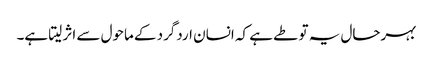
بہرحال یہ تو طے ہے کہ انسان اردگرد کے ماحول سے اثر لیتا ہے۔